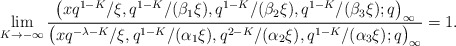
\begin{align*}& \lim_{K \to -\infty} \frac{\big(x q^{1-K}/\xi, q^{1-K}/(\beta_1 \xi ), q^{1-K}/(\beta_2 \xi ), q^{1-K}/(\beta_3 \xi ) ;q\big)_{\infty}}{\big(x q^{-\lambda -K} / \xi, q^{1-K}/(\alpha_1 \xi ), q^{2-K}/(\alpha_2 \xi ), q^{1-K}/(\alpha_3 \xi ) ;q\big)_{\infty}} =1 .\end{align*}